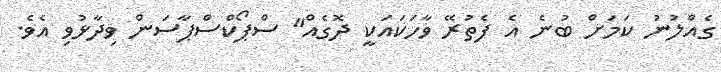
ގެއްލުނު ކަމަށް ބުނެ އެ ފެތުރޭ ވާހަކައަކީ ދޮގެއް" ސްޕޯކްސްޕާސަން ވިދާޅުވި އެވެ.